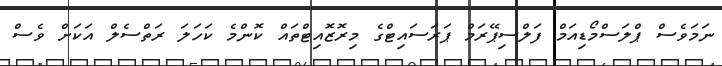
ނަމަވެސް ޕްލަސްމޯޑިއަމް ފަލްސިޕޭރަމް ޕަރަސައިޓްގެ މިރޮޒޮއިޓްތައް ކޮންމެ ކަހަލަ ރަތްސެލް އަކަށް ވެސް